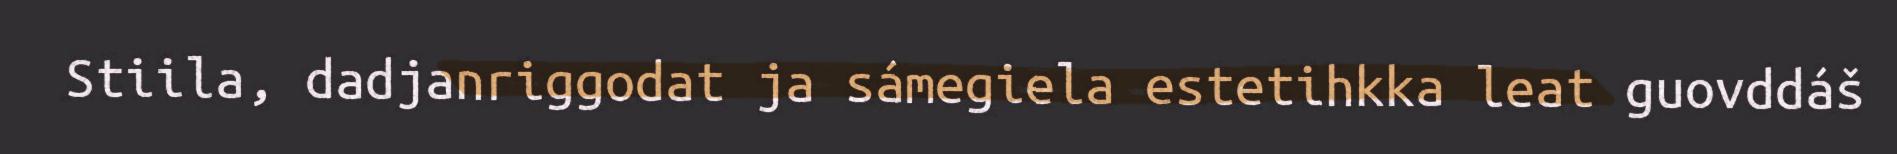
Stiila, dadjanriggodat ja sámegiela estetihkka leat guovddáš